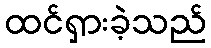
ထင်ရှားခဲ့သည်